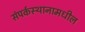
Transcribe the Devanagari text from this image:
संपर्कस्थानामधील